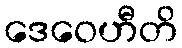
ဒေဝေဟီတိ